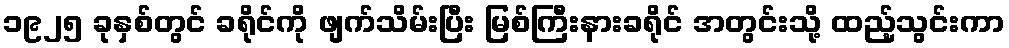
၁၉၂၅ ခုနှစ်တွင် ခရိုင်ကို ဖျက်သိမ်းပြီး မြစ်ကြီးနားခရိုင် အတွင်းသို့ ထည့်သွင်းကာ